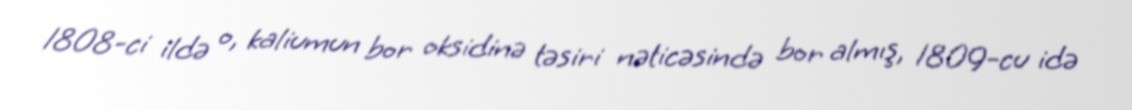
1808-ci ildə o, kaliumun bor oksidinə təsiri nəticəsində bor almış, 1809-cu idə